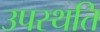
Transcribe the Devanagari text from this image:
उपस्थति